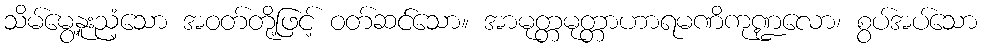
သိမ်မွေ့နူးညံ့သော အဝတ်တို့ဖြင့် ဝတ်ဆင်သော။ အာမုတ္တမုတ္တာဟာရမဏိကုဏ္ဍလော၊ စွပ်အပ်သော